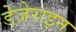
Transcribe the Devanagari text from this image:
डेजेराइन